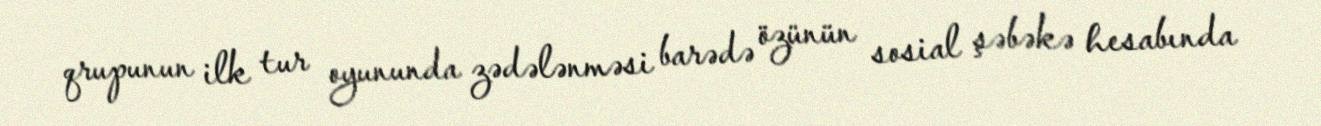
qrupunun ilk tur oyununda zədələnməsi barədə özünün sosial şəbəkə hesabında